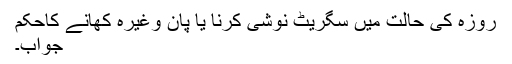
روزہ کی حالت میں سگریٹ نوشی کرنا یا پان وغیرہ کھانے کاحکم
جواب۔